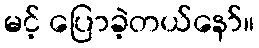
မင့် ပြောခဲ့တယ်နော်။